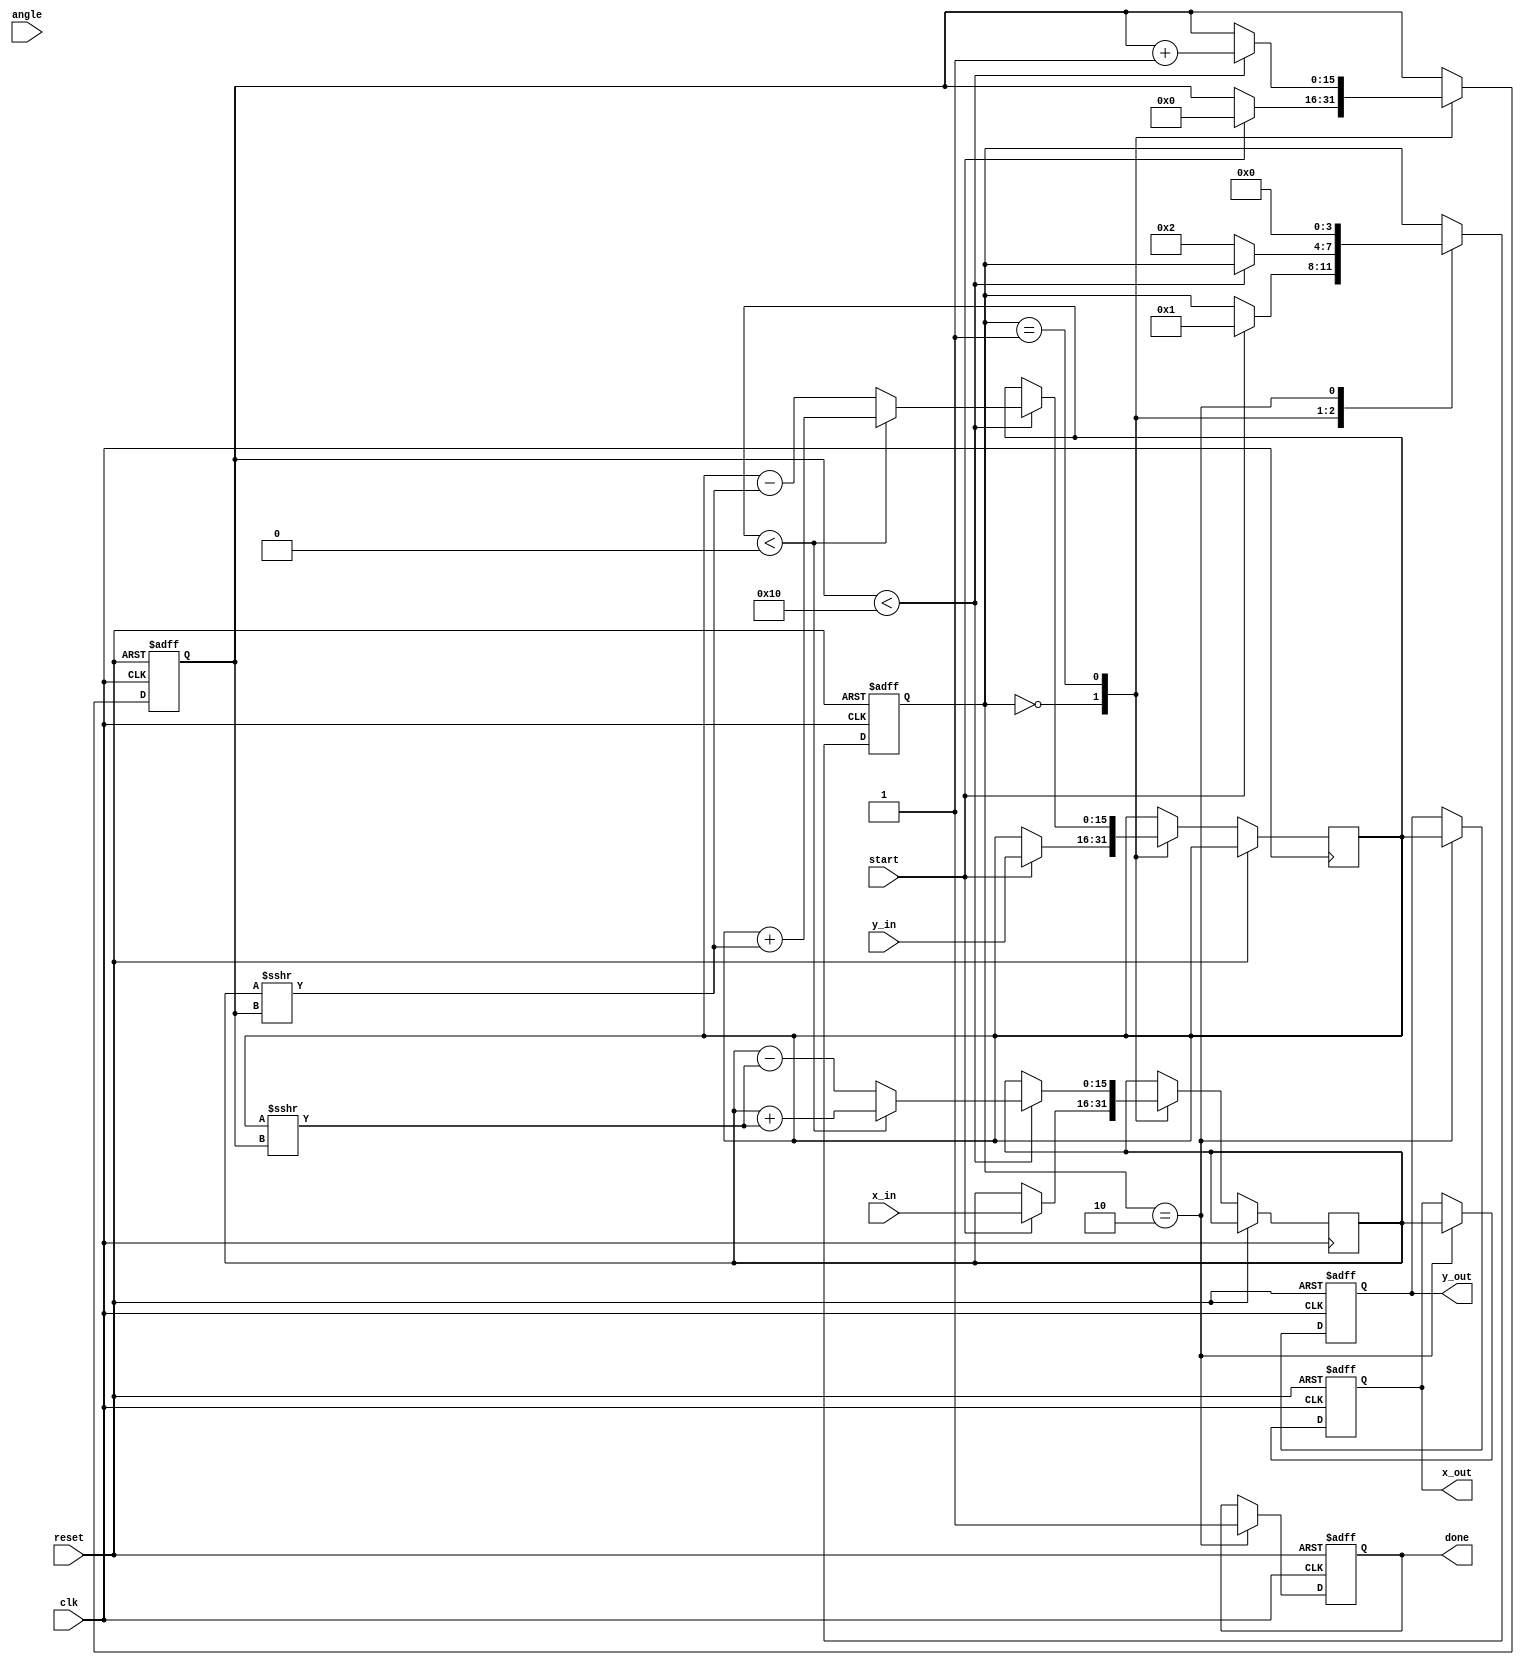
module cordic_2d (
    input  wire clk,
    input  wire reset,
    input  wire start,
    input  wire [15:0] x_in,
    input  wire [15:0] y_in,
    input  wire [15:0] angle,  // Angle in degrees or radians, choose based on application
    output reg [15:0] x_out,
    output reg [15:0] y_out,
    output reg done
);
    
    // Parameters and constants
    parameter N_ITER = 16;  // Number of iterations
    reg [15:0] angles [0:N_ITER-1]; // Pre-computed arctangent values

    // Internal registers
    reg [15:0] x, y;
    reg [N_ITER-1:0] iter;
    reg [3:0] state;

    // Pre-computed arctangent values for CORDIC
    initial begin
        angles[0] = 16'h26DD; // atan(1/1) = 45 degrees in Q1.15
        angles[1] = 16'h1D89; // atan(1/2) = 26.565 degrees
        angles[2] = 16'h13B3; // atan(1/4) = 14.036 degrees
        angles[3] = 16'h0D0C; // atan(1/8) = 7.125 degrees
        // ... fill in for other angles
    end

    // State definitions
    localparam INIT = 0, RUN = 1, DONE = 2;

    // State machine
    always @(posedge clk or posedge reset) begin
        if (reset) begin
            state <= INIT;
            done <= 0;
            iter <= 0;
            x_out <= 0;
            y_out <= 0;
        end else begin
            case (state)
                INIT: begin
                    if (start) begin
                        x <= x_in;
                        y <= y_in;
                        iter <= 0;
                        state <= RUN;
                    end
                end

                RUN: begin
                    if (iter < N_ITER) begin
                        if (y < 0) begin
                            // CORDIC rotation logic
                            x <= x + (y >>> iter);
                            y <= y + (x >>> iter);
                        end else begin
                            x <= x - (y >>> iter);
                            y <= y - (x >>> iter);
                        end
                        iter <= iter + 1;
                    end else begin
                        state <= DONE;
                    end
                end

                DONE: begin
                    x_out <= x;
                    y_out <= y;
                    done <= 1; // Indicate completion of operation
                    state <= INIT; // Go back to INIT state
                end
            endcase
        end
    end

endmodule